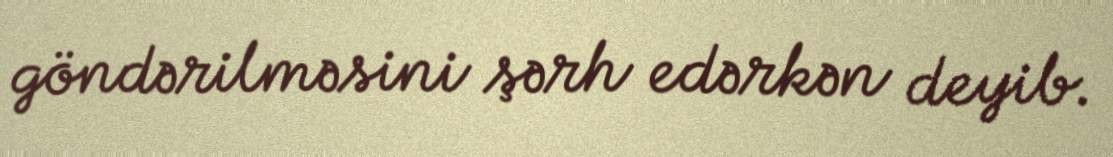
göndərilməsini şərh edərkən deyib.